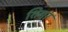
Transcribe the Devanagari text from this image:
शिगर